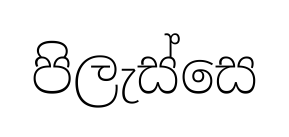
පිලැස්සෙ